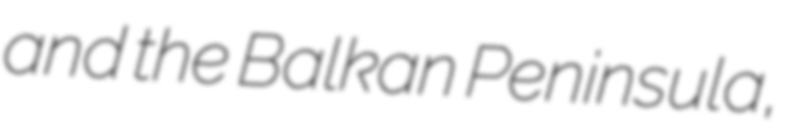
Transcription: and the Balkan Peninsula,